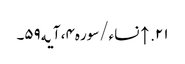
۲۱. ↑ نساء/سوره۴، آیه۵۹۔